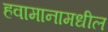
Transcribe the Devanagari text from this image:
हवामानामधील